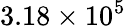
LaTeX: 3.18\times 10^{5}